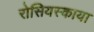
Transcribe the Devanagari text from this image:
रोसियस्काया